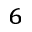
^ 6